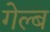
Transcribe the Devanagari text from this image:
गेल्ब